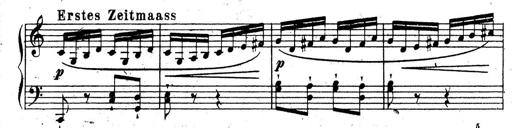
Title: 10 Sonatinas
Composer: Fritz Spindler